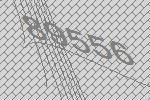
89556